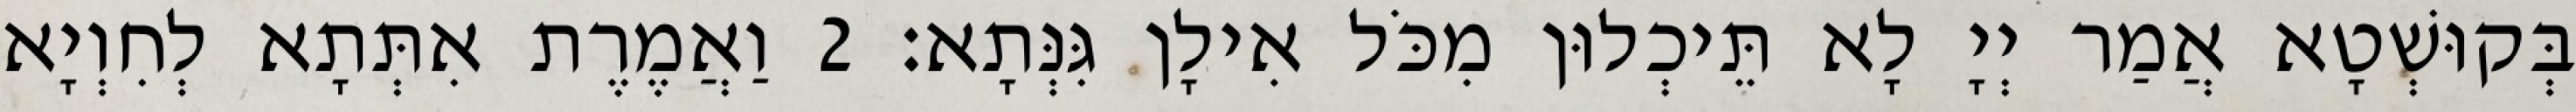
בְּקוּשְׁטָא אֲמַר יְיָ לָא תֵּיכְלוּן מִכֹּל אִילָן גִּנְּתָא׃ 2 וַאֲמֶרֶת אִתְּתָא לְחִוְיָא